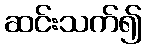
ဆင်းသက်၍